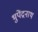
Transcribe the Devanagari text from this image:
भुपेंद्रनाथ